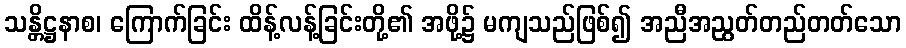
သန္တိဋ္ဌနာစ၊ ကြောက်ခြင်း ထိန့်လန့်ခြင်းတို့၏ အဖို့၌ မကျသည်ဖြစ်၍ အညီအညွတ်တည်တတ်သော